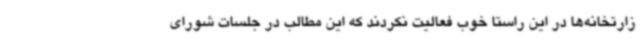
زارتخانه‌ها در این راستا خوب فعالیت نکردند که این مطالب در جلسات شورای